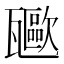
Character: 𤮥